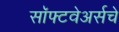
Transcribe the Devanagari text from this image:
सॉफ्टवेअर्सचे